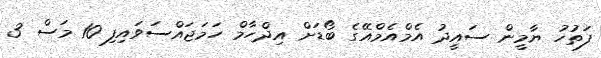
ފަތުހު ޔާމީން ސައީދު އެމްއެމްއޭގެ ބޯޑަށް އިދްހާމް ހަމަޖައްސަވައިފި 10 މަސް 3